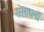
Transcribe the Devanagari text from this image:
संसाधनॉ